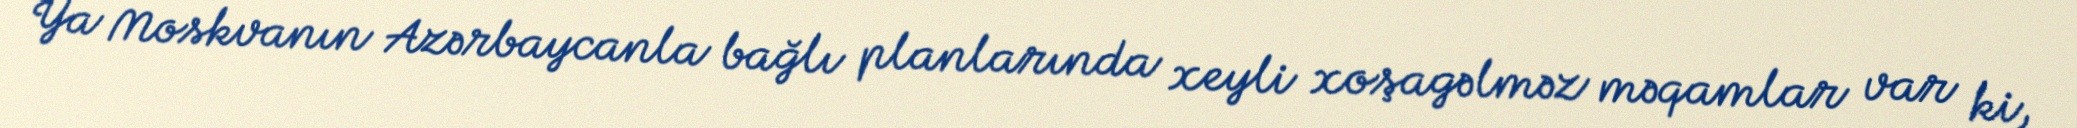
Ya Moskvanın Azərbaycanla bağlı planlarında xeyli xoşagəlməz məqamlar var ki,